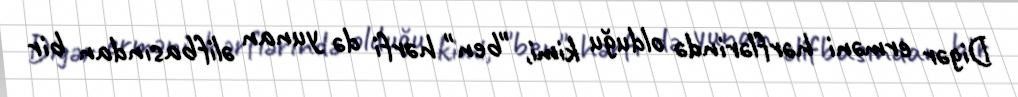
Digər erməni hərflərində olduğu kimi, "ben" hərfi də yunan əlifbasından bir